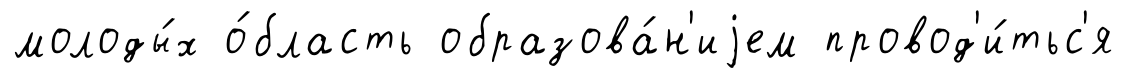
молоды́х о́бласть образова́н'иjем провод'и́тьс'я